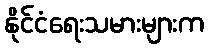
နိုင်ငံရေးသမားများက